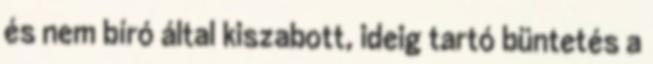
és nem bíró által kiszabott, ideig tartó büntetés a